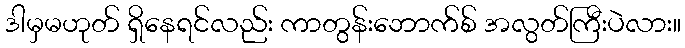
ဒါမှမဟုတ် ရှိနေရင်လည်း ကာတွန်းဘောက်စ် အလွတ်ကြီးပဲလား။